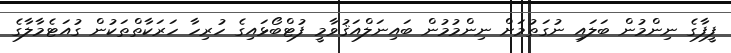
ފީފާގެ ނިންމުން ބަލައި ނުގަތުމަށް ނިންމުމުން ބައިނަލްއަޤުވާމީ ފުޓްބޯޅައިގެ ހުރިހާ ހަރަކާތްތަކުން ގުއަޓެމާލާގެ